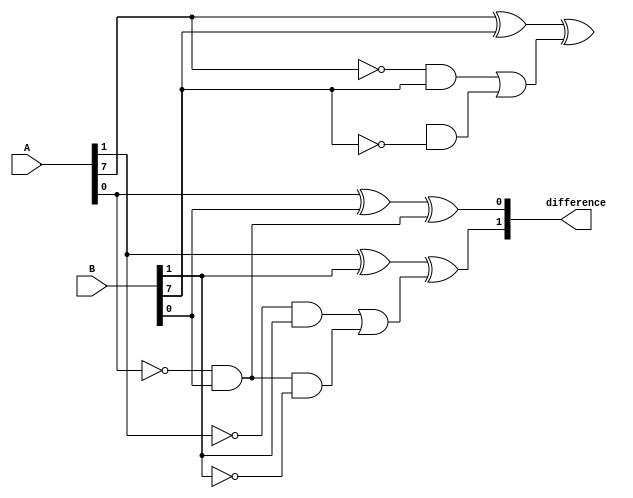
module subtractor(input [7:0] A, B,
                   output reg [7:0] difference);

   reg [7:0] borrow;

   always @ (A or B) begin
      borrow[0] = (~A[0] & B[0]);
      difference[0] = A[0] ^ B[0] ^ borrow[0];
      
      borrow[1] = ((~A[1] & B[1]) | (borrow[0] & ~B[1]));
      difference[1] = A[1] ^ B[1] ^ borrow[1];
      
      // Repeat the process for subsequent bit positions
      // ...
      
      borrow[7] = ((~A[7] & B[7]) | (borrow[6] & ~B[7]));
      difference[7] = A[7] ^ B[7] ^ borrow[7];
   end

endmodule